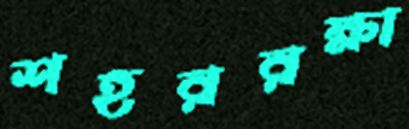
শহররক্ষা